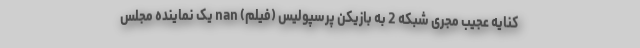
کنایه عجیب مجری شبکه 2 به بازیکن پرسپولیس (فیلم) nan یک نماینده مجلس